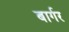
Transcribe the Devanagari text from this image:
बार्गर